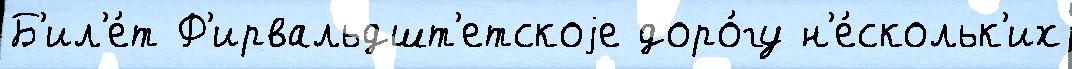
Б'ил'е́т Ф'ирвальдшт'етскоjе доро́гу н'е́скольк'их